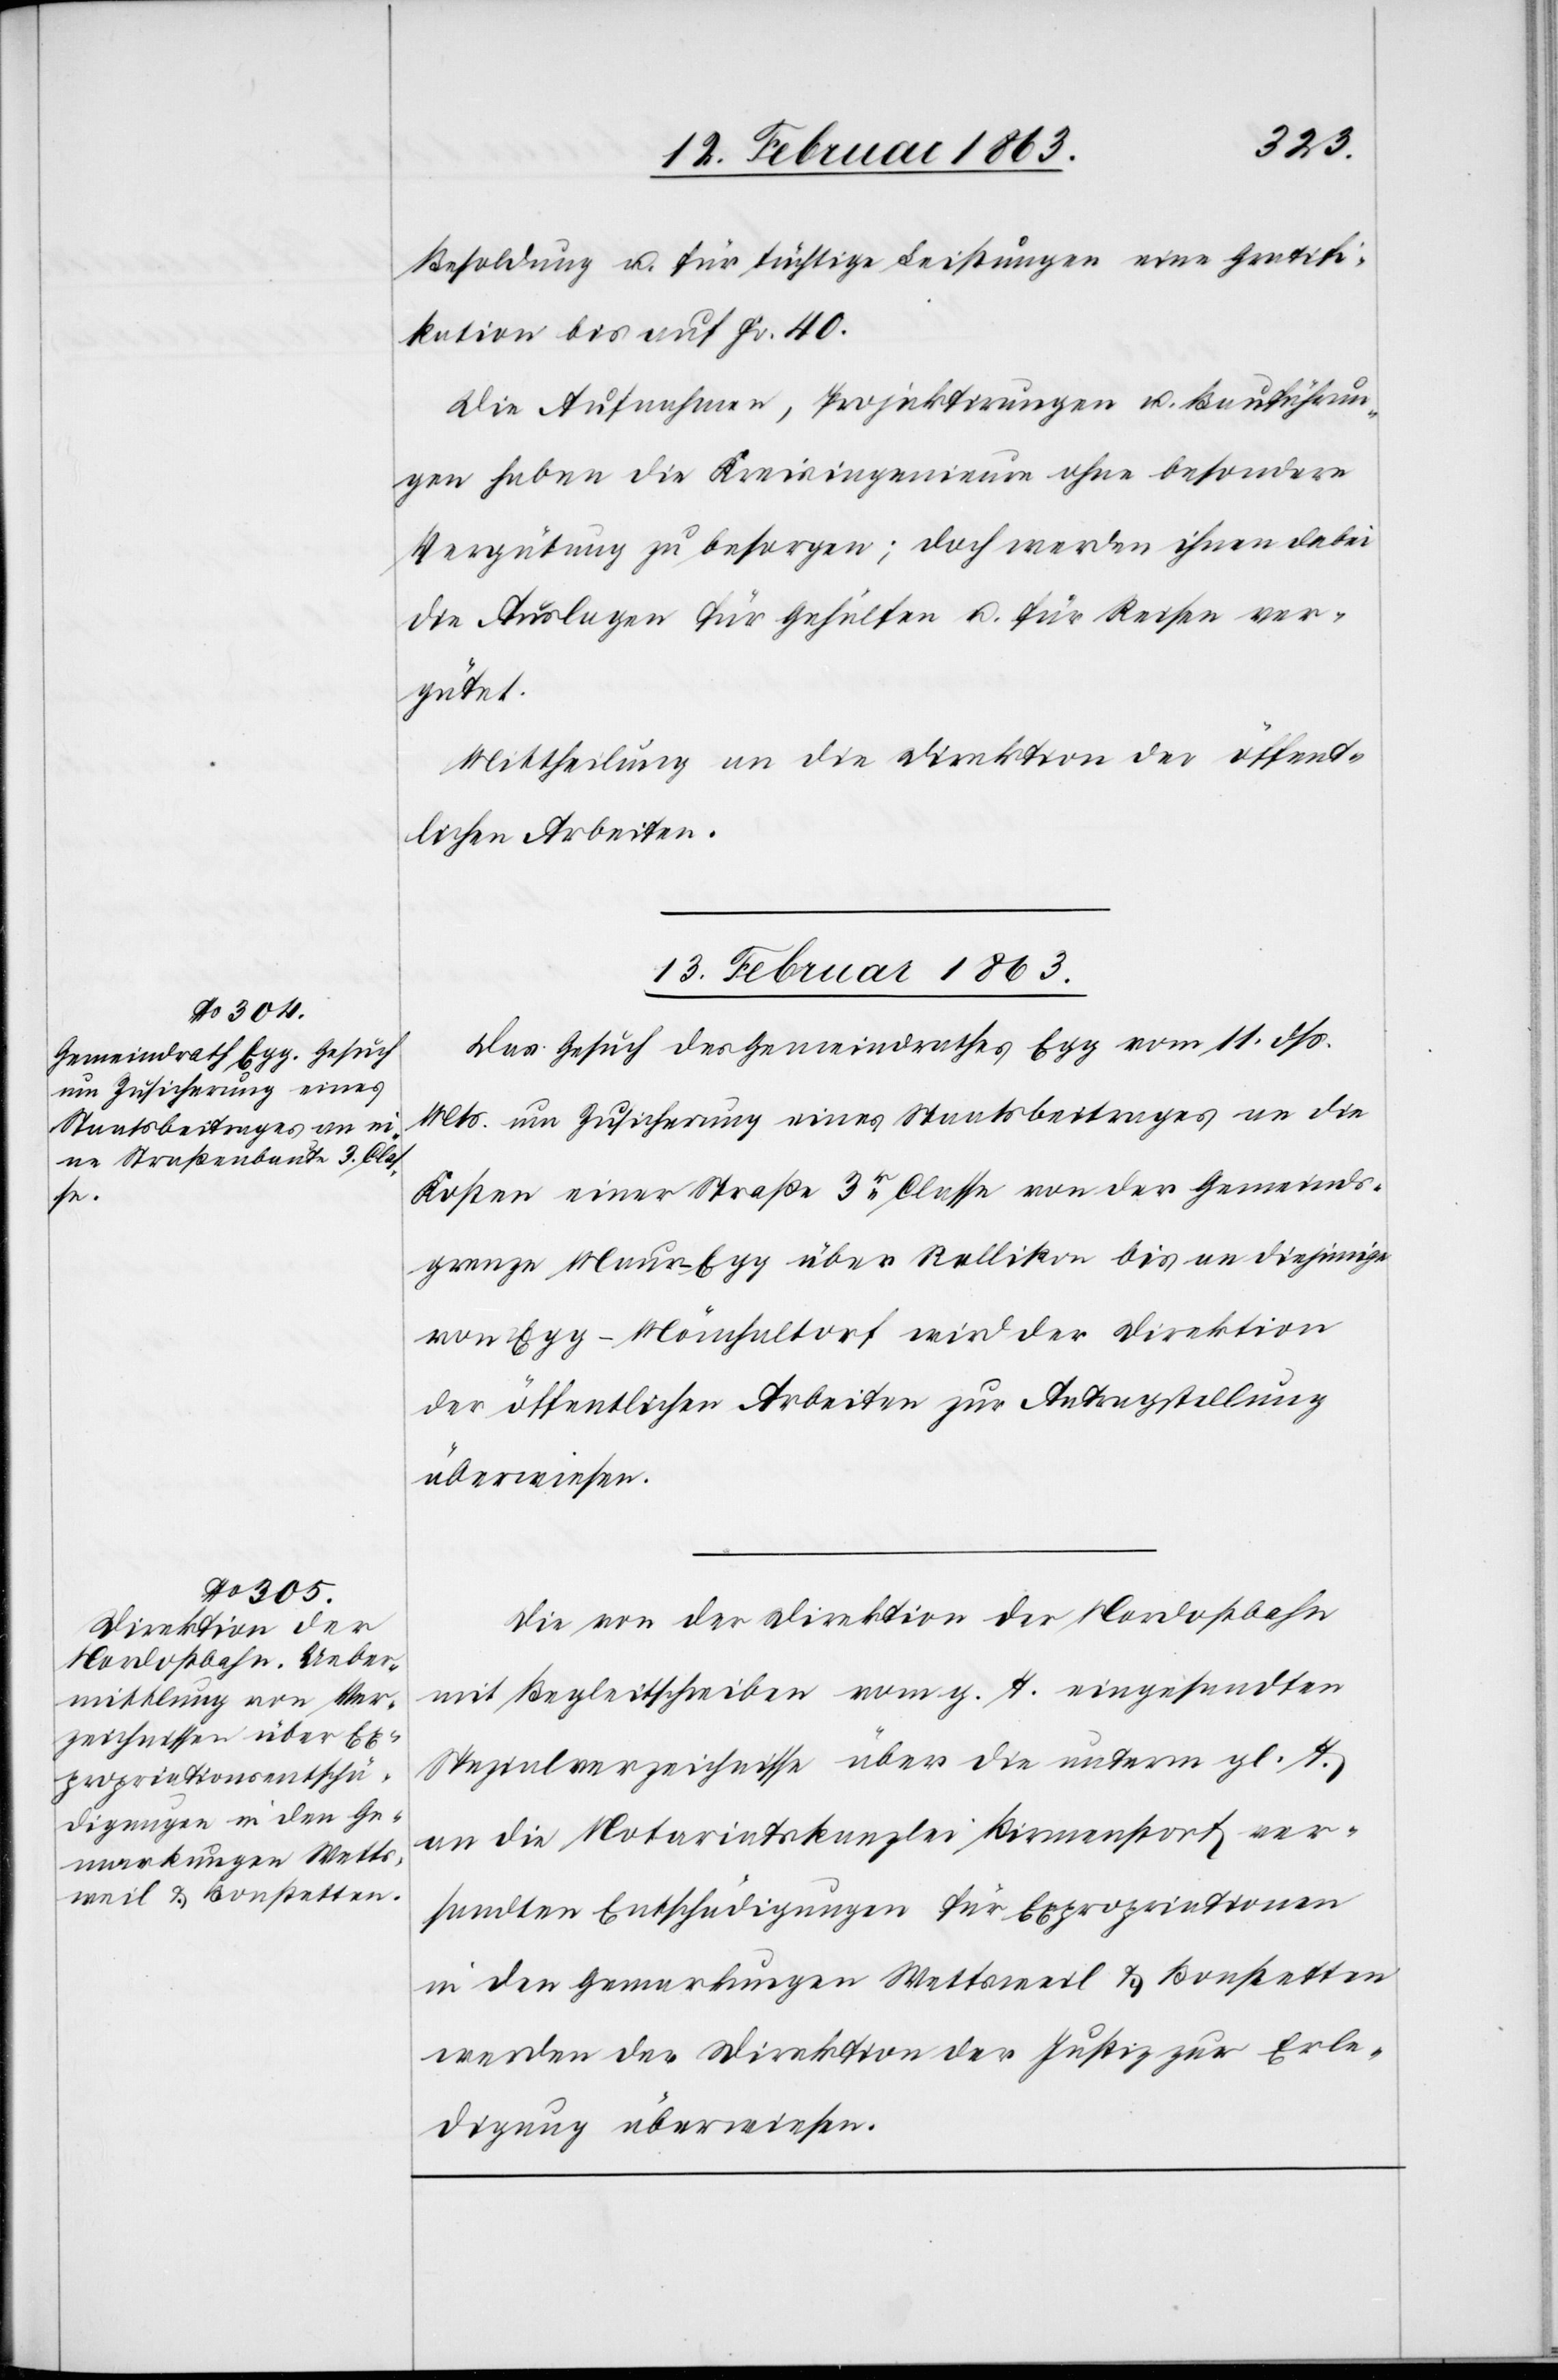
Besoldung u. für tüchtige Leistungen eine Gratifi¬
kation bis auf Fr. 40.
Die Aufnahmen, Projektirungen u. Bauführun¬
gen haben die Kreisingenieure ohne besondere
Vergütung zu besorgen; doch werden ihnen dabei
die Auslagen für Gehülfen u. für Reisen ver¬
gütet.
Mittheilung an die Direktion der öffent¬
lichen Arbeiten.
13. Februar 1863.]
Das Gesuch des Gemeindrathes Egg vom 11. dß.
Mts. um Zusicherung eines Staatsbeitrages an die
Kosten einer Straße 3r Classe von der Gemeinds¬
grenze Maur–Egg über Stallikon bis an diejenige
von Egg–Mönchaltorf wird der Direktion
der öffentlichen Arbeiten zur Antragstellung
überwiesen.
Die von der Direktion der Nordostbahn
mit Begleitschreiben vom g. T. eingesandten
Spezialverzeichnisse über die unterm gl. T.
an die Notariatskanzlei Birmenstorf ver¬
sandten Entschädigungen für Expropriationen
in den Gemarkungen Wettsweil & Bonstetten
werden der Direktion der Justiz zur Erle¬
digung überwiesen.